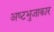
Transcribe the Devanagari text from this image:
अष्‍टभुजाकार